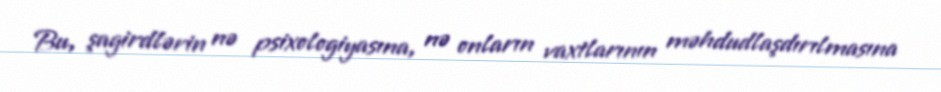
Bu, şagirdlərin nə psixologiyasına, nə onların vaxtlarının məhdudlaşdırılmasına